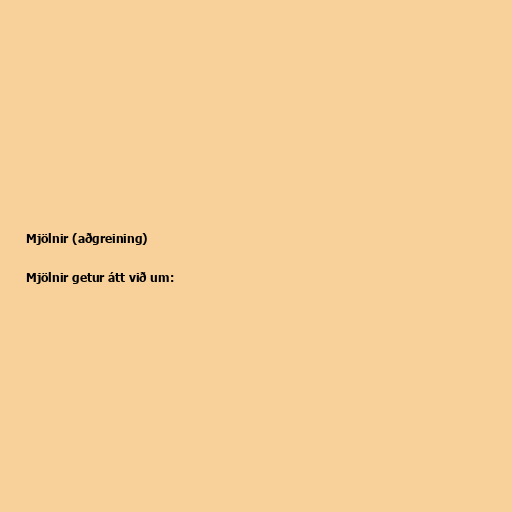
Mjölnir (aðgreining)

Mjölnir getur átt við um: